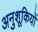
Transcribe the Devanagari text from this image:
अनुशूकियों